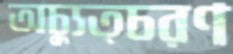
অচ্যুত্চরণ